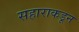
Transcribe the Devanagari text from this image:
सहाराकडून